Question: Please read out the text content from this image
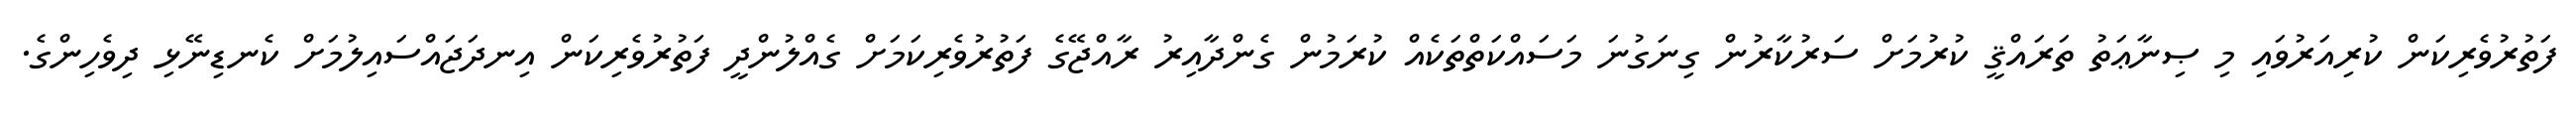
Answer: ފަތުރުވެރިކަން ކުރިއަރުވައި މި ޞިނާޢަތު ތަރައްޤީ ކުރުމަށް ސަރުކާރުން ގިނަގުނަ މަސައްކަތްތަކެއް ކުރަމުން ގެންދާއިރު ރާއްޖޭގެ ފަތުރުވެރިކަމަށް ގެއްލުންދީ ފަތުރުވެރިކަން އިނދަޖައްސައިލުމަށް ކެނޑިނޭޅި ދިވެހިންގެ.